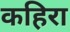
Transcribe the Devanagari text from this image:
कहिरा